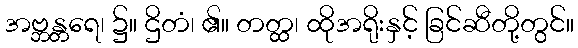
အဗ္ဘန္တရေ၊ ၌။ ဌိတံ၊ ၏။ တတ္ထ၊ ထိုအရိုးနှင့် ခြင်ဆီတို့တွင်။